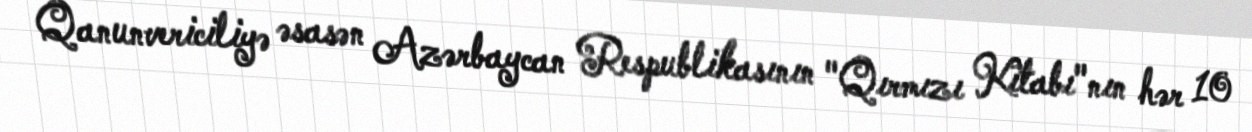
Qanunvericiliyə əsasən Azərbaycan Respublikasının "Qırmızı Kitabı"nın hər 10